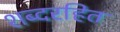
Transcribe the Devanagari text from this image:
शब्दरहित